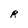
Character: R